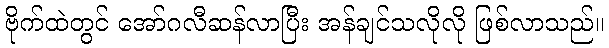
ဗိုက်ထဲတွင် အော်ဂလီဆန်လာပြီး အန်ချင်သလိုလို ဖြစ်လာသည်။